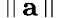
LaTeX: \left\| \mathbf{a}\right\|